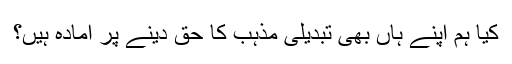
کیا ہم اپنے ہاں بھی تبدیلیٔ مذہب کا حق دینے پر آمادہ ہیں؟